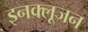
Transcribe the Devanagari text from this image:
इनक्लूजन